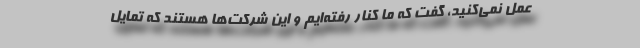
عمل نمی‌کنید، گفت که ما کنار رفته‌ایم و این شرکت‌ها هستند که تمایل